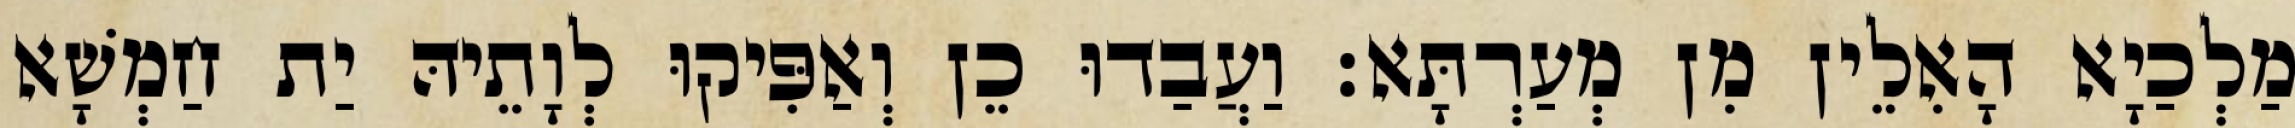
מַלְכַיָא הָאִלֵין מִן מְעַרְתָּא׃ וַעֲבַדוּ כֵן וְאַפִּיקוּ לְוָתֵיהּ יַת חַמְשָׁא